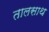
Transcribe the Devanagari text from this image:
तालसाथ